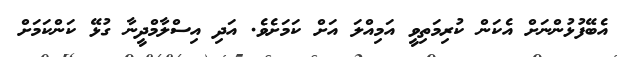
އެބޭފުޅުންނަށް އެކަން ކުރިމަތިވީ އަމިއްލަ އަށް ކަމަށެވެ. އަދި އިސްލާމްދީނާ ގުޅޭ ކަންކަމަށް